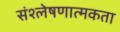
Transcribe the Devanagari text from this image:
संश्लेषणात्मकता